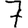
Digit: 7